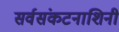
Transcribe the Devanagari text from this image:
सर्वसंकटनाशिनी